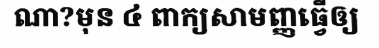
ណា?មុន ៤ ពាក្យសាមញ្ញធ្វើឲ្យ